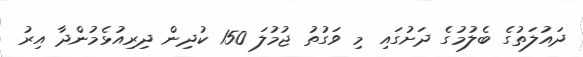
ދައުލަތުގެ ބެލުމުގެ ދަށުގައި މި ވަގުތު ޖުމުލަ 150 ކުދިން ދިރިއުޅެމުންދާ އިރު